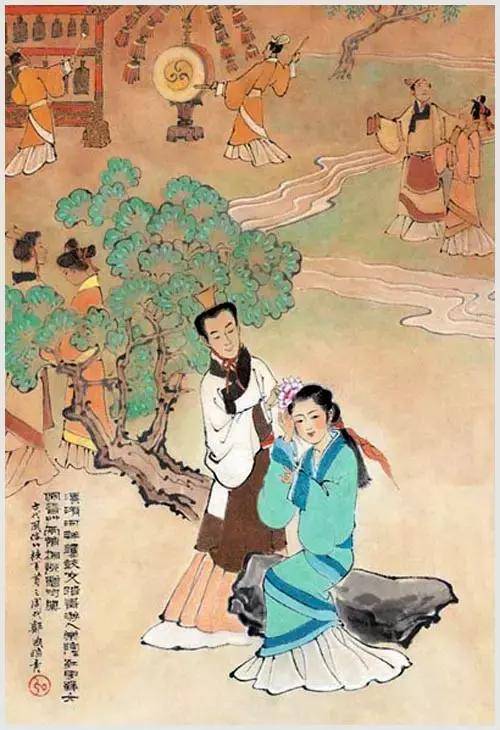
习俗移志，安久移质。